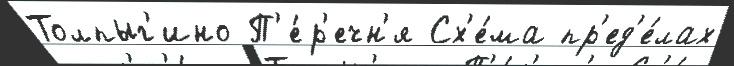
Толпыг'ино П'е́р'ечн'я Сх'е́ма пр'ед'е́лах